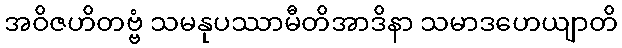
အဝိဇဟိတဗ္ဗံ သမနုပဿာမီတိအာဒိနာ သမာဒဟေယျာတိ